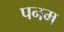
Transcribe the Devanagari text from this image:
पनम